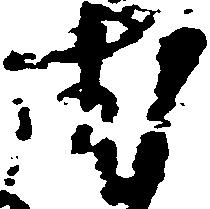
む